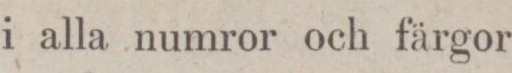
i alla numror och färgor